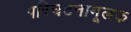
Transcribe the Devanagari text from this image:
परिघटनामूलक